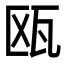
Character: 瓯